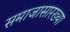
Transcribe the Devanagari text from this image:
समाजासारख्या